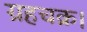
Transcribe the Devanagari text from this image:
ग्रहचक्र।